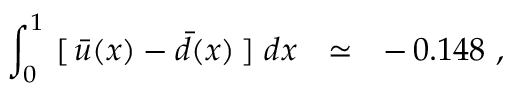
\int _ { 0 } ^ { 1 } \, \, [ \, \bar { u } ( x ) - \bar { d } ( x ) \, ] \, \, d x \ \ \simeq \ \ - \, 0 . 1 4 8 \, \, ,